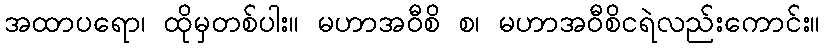
အထာပရော၊ ထိုမှတစ်ပါး။ မဟာအဝီစိ စ၊ မဟာအဝီစိငရဲလည်းကောင်း။